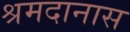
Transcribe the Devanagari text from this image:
श्रमदानास